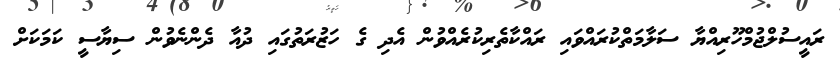
ރައީސުލްޖުމްހޫރިއްޔާ ސަލާމަތްކުރައްވައި ރައްކާތެރިކުރެއްވުން އެދި ގެ ހަޒުރަތުގައި ދުއާ ދެންނެވުން ސިޔާސީ ކަމަކަށް